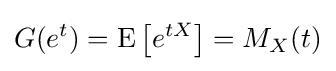
G(e^{t})=\operatorname {E} \left[e^{tX}\right]=M_{X}(t)